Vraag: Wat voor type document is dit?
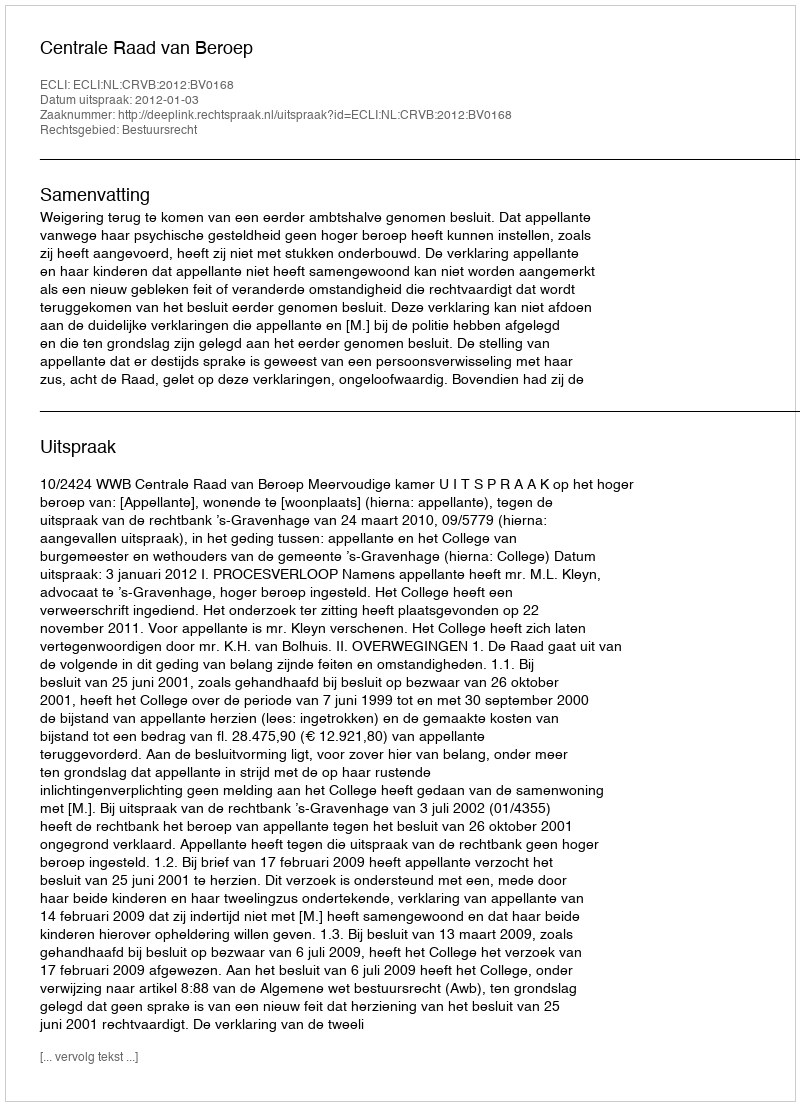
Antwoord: Uitspraak